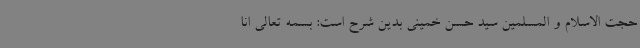
حجت الاسلام و المسلمین سید حسن خمینی بدین شرح است: بسمه تعالی انا